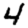
Digit: 4